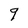
Character: g